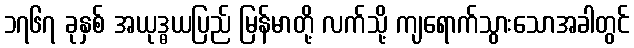
၁၇၆၇ ခုနှစ် အယုဒ္ဓယပြည် မြန်မာတို့ လက်သို့ ကျရောက်သွားသောအခါတွင်